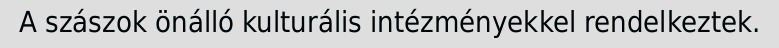
A szászok önálló kulturális intézményekkel rendelkeztek.